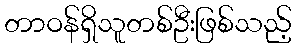
တာဝန်ရှိသူတစ်ဦးဖြစ်သည့်